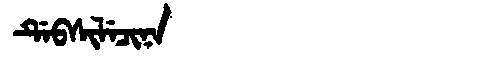
Manchu: ᡩᡝᠪᠰᡳᠯᡝᠴᡳᠨᠠ
Romanization: DEBSILECINA